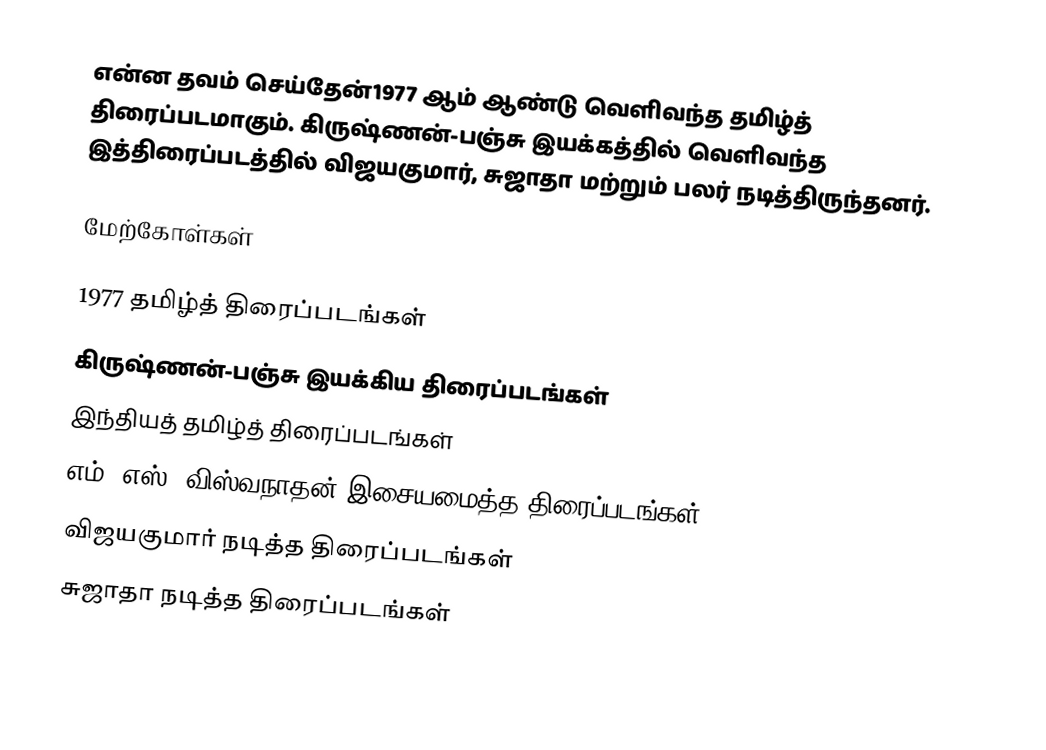
என்ன தவம் செய்தேன்1977 ஆம் ஆண்டு வெளிவந்த தமிழ்த் திரைப்படமாகும். கிருஷ்ணன்-பஞ்சு இயக்கத்தில் வெளிவந்த இத்திரைப்படத்தில் விஜயகுமார், சுஜாதா மற்றும் பலர் நடித்திருந்தனர்.

மேற்கோள்கள்

1977 தமிழ்த் திரைப்படங்கள்
கிருஷ்ணன்-பஞ்சு இயக்கிய திரைப்படங்கள்
இந்தியத் தமிழ்த் திரைப்படங்கள்
எம். எஸ். விஸ்வநாதன் இசையமைத்த திரைப்படங்கள்
விஜயகுமார் நடித்த திரைப்படங்கள்
சுஜாதா நடித்த திரைப்படங்கள்